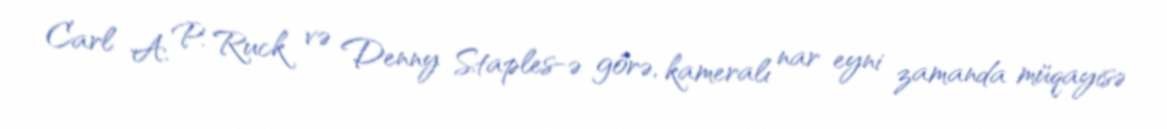
Carl A. P. Ruck və Denny Staples-ə görə, kameralı nar eyni zamanda müqayisə